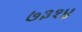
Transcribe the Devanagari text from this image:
७३१४